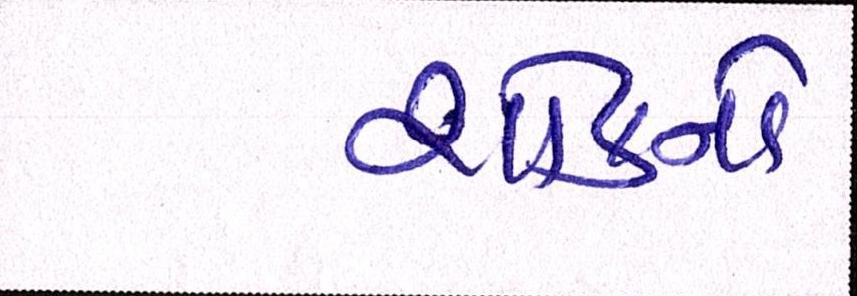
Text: શોકનો